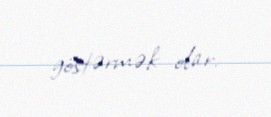
göstərmək olar.